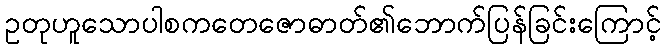
ဥတုဟူသောပါစကတေဇောဓာတ်၏ဘောက်ပြန်ခြင်းကြောင့်